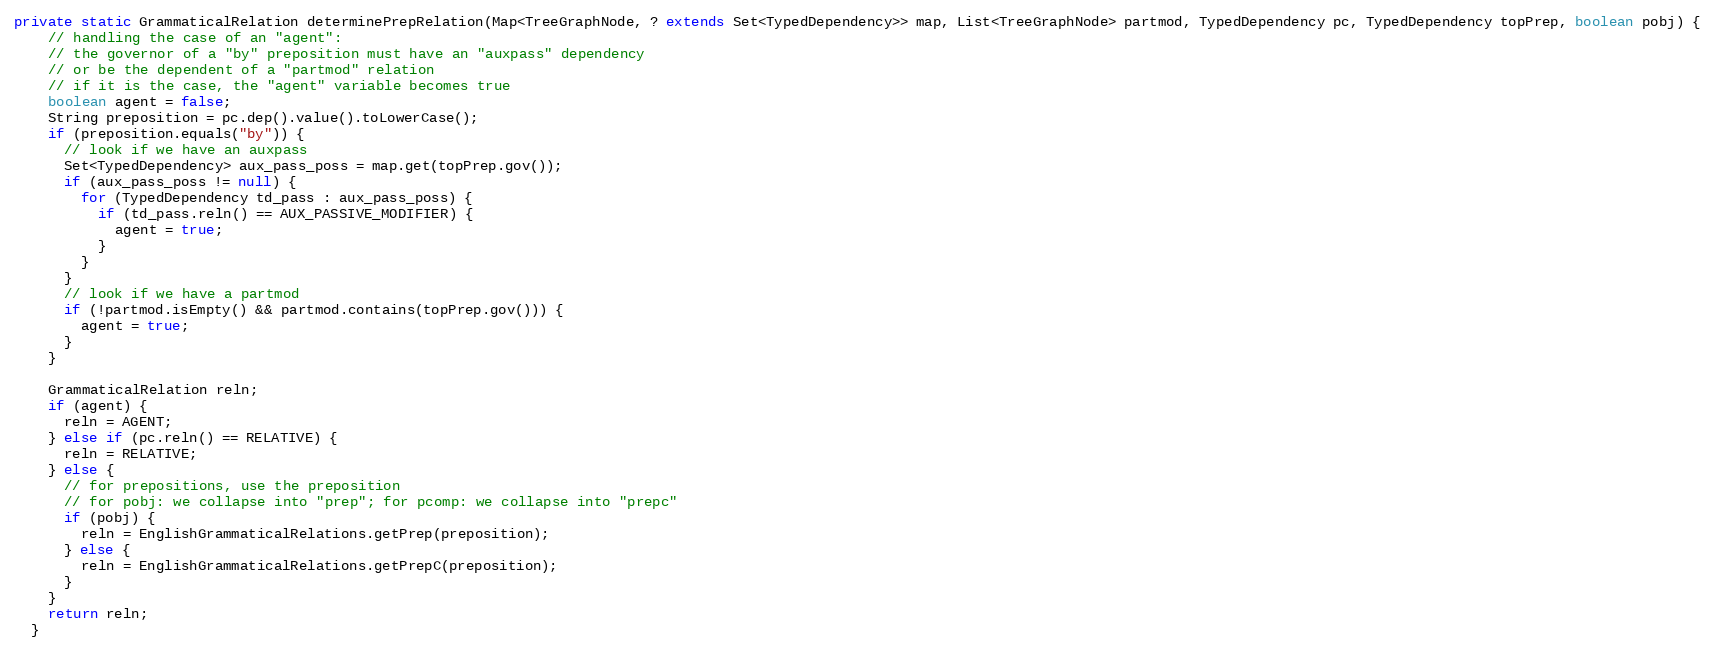
Language: Java
private static GrammaticalRelation determinePrepRelation(Map<TreeGraphNode, ? extends Set<TypedDependency>> map, List<TreeGraphNode> partmod, TypedDependency pc, TypedDependency topPrep, boolean pobj) {
    // handling the case of an "agent":
    // the governor of a "by" preposition must have an "auxpass" dependency
    // or be the dependent of a "partmod" relation
    // if it is the case, the "agent" variable becomes true
    boolean agent = false;
    String preposition = pc.dep().value().toLowerCase();
    if (preposition.equals("by")) {
      // look if we have an auxpass
      Set<TypedDependency> aux_pass_poss = map.get(topPrep.gov());
      if (aux_pass_poss != null) {
        for (TypedDependency td_pass : aux_pass_poss) {
          if (td_pass.reln() == AUX_PASSIVE_MODIFIER) {
            agent = true;
          }
        }
      }
      // look if we have a partmod
      if (!partmod.isEmpty() && partmod.contains(topPrep.gov())) {
        agent = true;
      }
    }

    GrammaticalRelation reln;
    if (agent) {
      reln = AGENT;
    } else if (pc.reln() == RELATIVE) {
      reln = RELATIVE;
    } else {
      // for prepositions, use the preposition
      // for pobj: we collapse into "prep"; for pcomp: we collapse into "prepc"
      if (pobj) {
        reln = EnglishGrammaticalRelations.getPrep(preposition);
      } else {
        reln = EnglishGrammaticalRelations.getPrepC(preposition);
      }
    }
    return reln;
  }